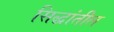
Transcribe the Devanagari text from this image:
सिद्धांतील